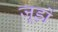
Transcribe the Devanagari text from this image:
जूड़ों